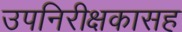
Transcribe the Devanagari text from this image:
उपनिरीक्षकासह